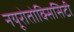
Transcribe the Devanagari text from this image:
नयूरोतोक्सिसिटी